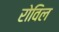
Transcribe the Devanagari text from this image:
रोविल